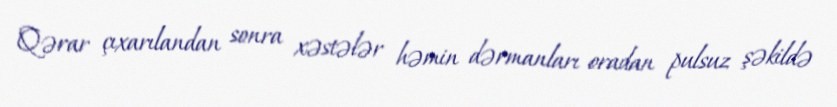
Qərar çıxarılandan sonra xəstələr həmin dərmanları oradan pulsuz şəkildə